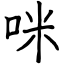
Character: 咪